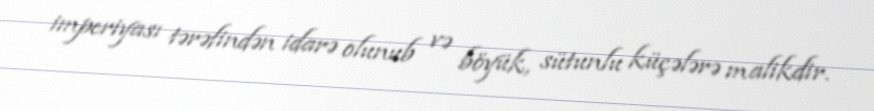
imperiyası tərəfindən idarə olunub və böyük, sütunlu küçələrə malikdir.